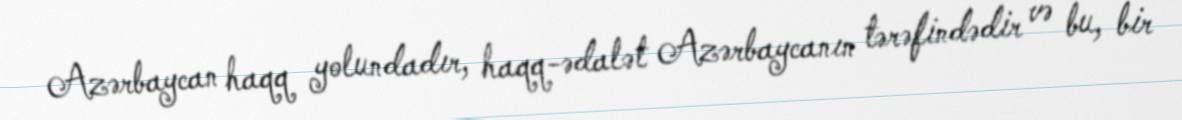
Azərbaycan haqq yolundadır, haqq-ədalət Azərbaycanın tərəfindədir və bu, bir